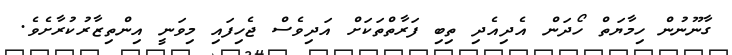
ގާނޫނުން ހިމާޔަތް ހޯދަން އެދިއެދި ތިބި ފަރާތްތަކަށް އަދިވެސް ޖެހިފައި މިވަނީ އިންތިޒާރުކުރާށެވެ.